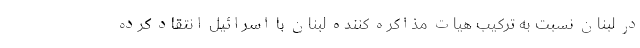
در لبنان نسبت به ترکیب هیات مذاکره کننده لبنان با اسرائیل انتقاد کرده